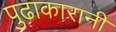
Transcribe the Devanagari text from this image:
पुढाकारानी